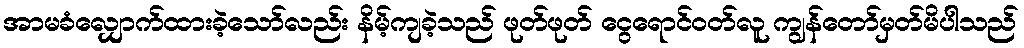
အာမခံလျှောက်ထားခဲ့သော်လည်း နိမ့်ကျခဲ့သည် ဖုတ်ဖုတ် ငွေရောင်ဝတ်လူ ကျွန်တော်မှတ်မိပါသည်